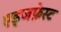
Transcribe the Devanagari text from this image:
एड्जफ़ेस्ट